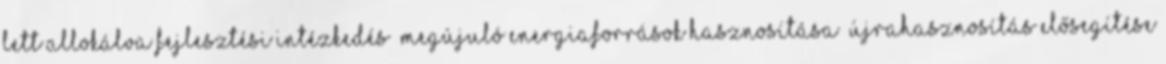
lett allokálva Fejlesztési intézkedés ▪Megújuló energiaforrások hasznosítása ▪Újrahasznosítás elősegítése